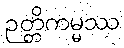
ဉတ္တိကမ္မဿ